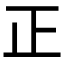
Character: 正